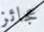
عجائز